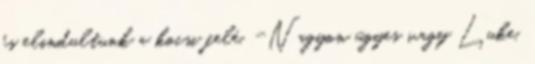
és elindultunk a kocsi felé. -Nagyon ügyes vagy Luke.